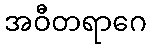
အဝီတရာဂေ